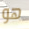
هو